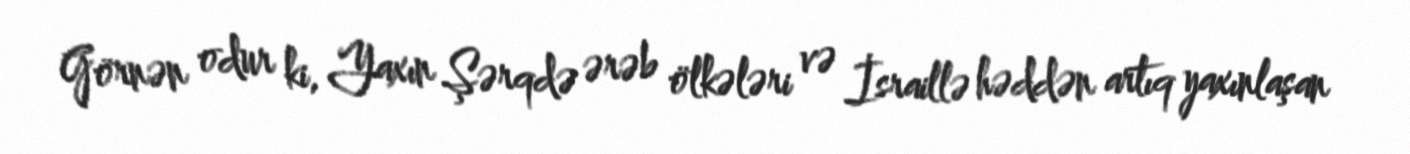
Görnən odur ki, Yaxın Şərqdə ərəb ölkələri və İsraillə həddən artıq yaxınlaşan